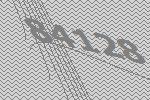
84128